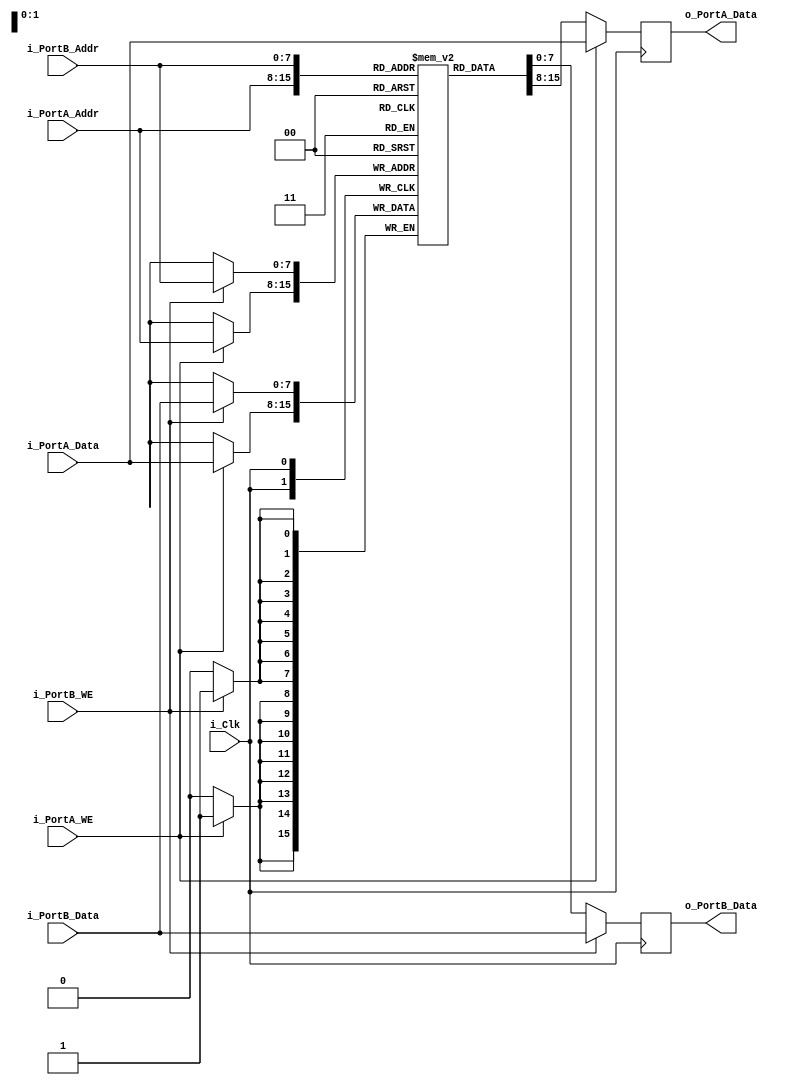
module Dual_Port_RAM_Single_Clock #(parameter WIDTH = 8, DEPTH = 256)
  (input                     i_Clk,
   // Port A Signals
   input [WIDTH-1:0]         i_PortA_Data,
   input [$clog2(DEPTH)-1:0] i_PortA_Addr,
   input                     i_PortA_WE,
   output reg [WIDTH-1:0]    o_PortA_Data,
   // Port B Signals
   input [WIDTH-1:0]         i_PortB_Data,
   input [$clog2(DEPTH)-1:0] i_PortB_Addr,
   input                     i_PortB_WE,
   output reg [WIDTH-1:0]    o_PortB_Data
   );

  // Declare the Memory variable
  reg [WIDTH-1:0] r_Memory[DEPTH-1:0];
	
  // Port A
  always @ (posedge i_Clk)
  begin
    if (i_PortA_WE) 
    begin
      r_Memory[i_PortA_Addr] <= i_PortA_Data;
      o_PortA_Data           <= i_PortA_Data;
    end
    else 
    begin
      o_PortA_Data <= r_Memory[i_PortA_Addr];
    end
  end
	
  // Port B
  always @ (posedge i_Clk)
  begin
    if (i_PortB_WE)
    begin
      r_Memory[i_PortB_Addr] <= i_PortB_Data;
      o_PortB_Data           <= i_PortB_Data;
    end
    else
    begin
      o_PortB_Data <= r_Memory[i_PortB_Addr];
    end
  end
	
endmodule